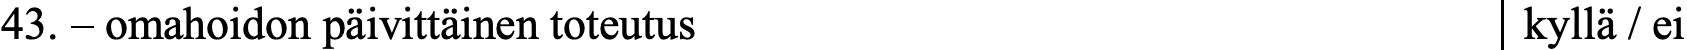
43. – omahoidon päivittäinen toteutus             kyllä / ei